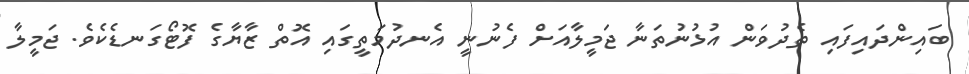
ބައިންދައިފައި ތެދުވަން އުޅުނުތަނާ ޖަމީލާއަށް ފެނުނީ އެނދުމަތީގައި އޮތް ޒާޔާގެ ފޮޓޯގަނޑެކެވެ. ޖަމީލާ